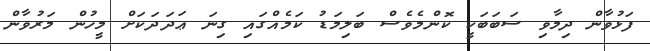
ފަޅުވާން ދިމާވި ސަބަބަކީ ކޮންމެވެސް ބަލިމަޑު ކަމެއްގައި ގިނަ ޢަދަދަކަށް މީހުން މަރުވާން